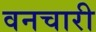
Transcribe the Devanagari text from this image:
वनचारी